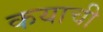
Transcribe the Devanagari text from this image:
कयाची